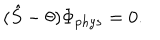
LaTeX: ( \hat { S } - \theta ) \Phi _ { p h y s } = 0 .